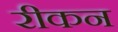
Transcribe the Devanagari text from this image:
रीकन